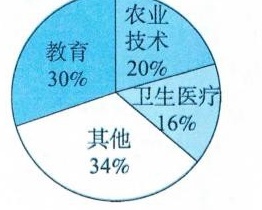
农业教育技术30%20%卫生医疗其他16%34%